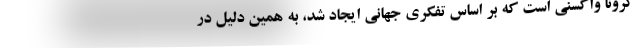
کرونا واکسنی‌ است که بر اساس تفکری جهانی ایجاد شد، به همین دلیل در